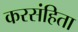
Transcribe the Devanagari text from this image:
करसंहिता